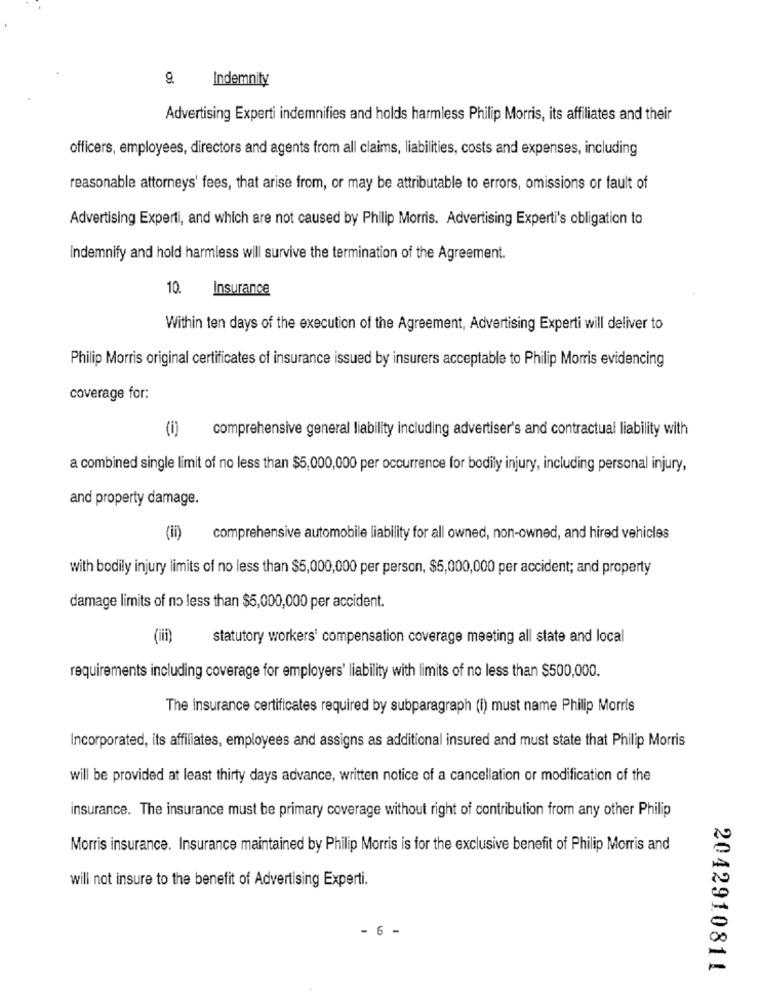
Indemnity
Advertising Experti indemnifies and holds harmless Philip Morris, its affiliates and their
officers, employees, directors and agents from all claims, liabilities, costs and expenses, including
reasonable attorneys' fees, that arise from, or may be attributable to errors, omissions or fault of
Advertising Experti, and which are not caused by Philip Morris. Advertising Experti's obligation to
indemnify and hold harmless will survive the termination of the Agreement.
10.
Insurance
Within ten days of the execution of the Agreement, Advertising Experti will deliver to
Philip Morris original certificates of insurance issued by insurers acceptable to Philip Morris evidencing
coverage for:
(0)
comprehensive general liability including advertiser's and contractual liability with
a combined single limit of no less than $5,000,000 per occurrence for bodily injury, including personal injury,
and property damage.
(ii) comprehensive automobile liability for all owned, non-owned, and hired vehicles
with bodily injury limits of no less than $5,000,000 per person, $5,000,000 per accident; and property
damage limits of no less than $5,000,000 per accident.
(iii)
statutory workers' compensation coverage meeting all state and local
requirements including coverage for employers' liability with limits of no less than $500,000.
The insurance certificates required by subparagraph (i) must name Philip Morris
Incorporated, its affiliates, employees and assigns as additional insured and must state that Philip Morris
will be provided at least thirty days advance, written notice of a cancellation or modification of the
insurance. The insurance must be primary coverage without right of contribution from any other Philip
Morris insurance. Insurance maintained by Philip Morris is for the exclusive benefit of Philip Morris and
will not insure to the benefit of Advertising Experti.
- 6 -
2042910811